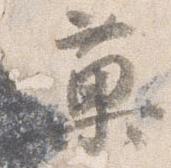
菓